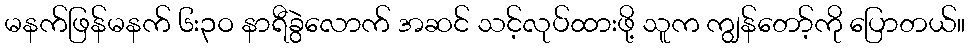
မနက်ဖြန်မနက် ၆း၃ဝ နာရီခွဲလောက် အဆင် သင့်လုပ်ထားဖို့ သူက ကျွန်တော့်ကို ပြောတယ်။